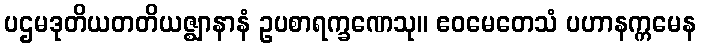
ပဌမဒုတိယတတိယဇ္ဈာနာနံ ဥပစာရက္ခဏေသု။ ဧဝမေတေသံ ပဟာနက္ကမေန